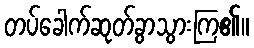
တပ်ခေါက်ဆုတ်ခွာသွားကြ၏။